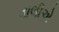
ડાલીએ